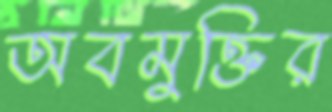
অবমুক্তির